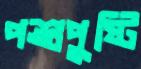
পশুপুষ্টি